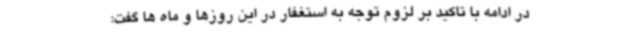
در ادامه با تاکید بر لزوم توجه به استغفار در این روزها و ماه ها گفت: